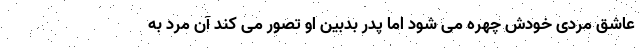
عاشق مردی خودش چهره می شود اما پدر بدبین او تصور می کند آن مرد به